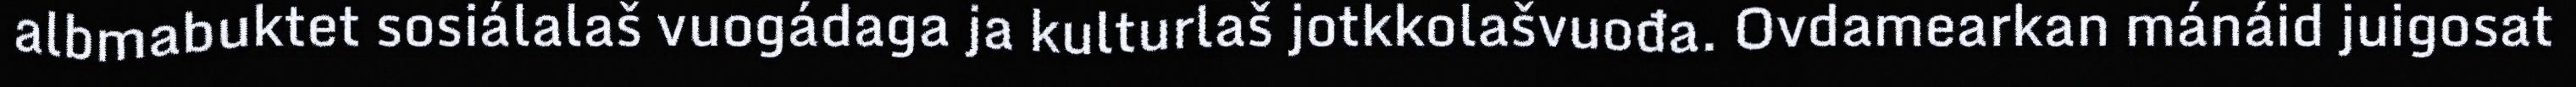
albmabuktet sosiálalaš vuogádaga ja kulturlaš jotkkolašvuođa. Ovdamearkan mánáid juigosat